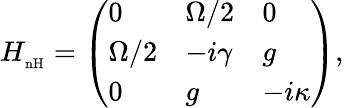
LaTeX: H_{\mathrm{_{nH}}}=\left(\begin{array}{lll}{0}&{\Omega/2}&{0}\\ {\Omega/2}&{-i\gamma}&{g}\\ {0}&{g}&{-i\kappa}\end{array}\right),